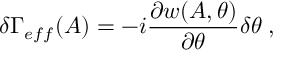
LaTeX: \delta \Gamma _ { e f f } ( A ) = - i \frac { \partial w ( A , \theta ) } { \partial \theta } \delta \theta \; ,